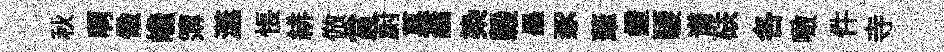
秋啊儆巉簿澨悵緋倣賞蔚菓蓊𣑱榖墨豕茟鐙騕谱砆各噉件寺